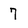
Character: 7